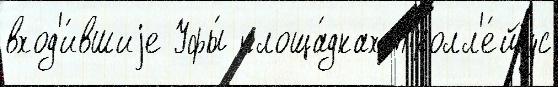
вход'и́вшиjе Уфы́ площа́дках Тролл'е́йбус